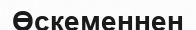
Өскеменнен